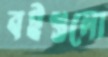
বইগুলো